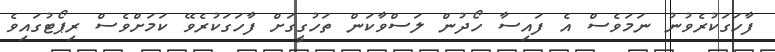
ފާހަގަކުރެވުނު ނަމަވެސް އެ ފައިސާ ހޯދުން ލަސްވާކަން ތަހުގީގަށް ފާހަގަކުރެވޭ ކަމަށްވެސް ރިޕޯޓުގައިވެ